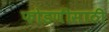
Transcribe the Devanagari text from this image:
फोडणीसाठी